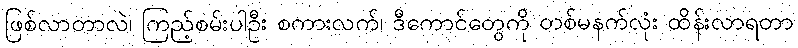
ဖြစ်လာတာလဲ၊ ကြည့်စမ်းပါဦး စကားလက်၊ ဒီကောင်တွေကို တစ်မနက်လုံး ထိန်းလာရတာ